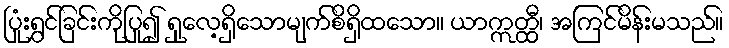
ပြုံးရွှင်ခြင်းကိုပြု၍ ရှုလေ့ရှိသောမျက်စိရှိထသော။ ယာဣတ္ထီ၊ အကြင်မိန်းမသည်။